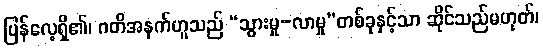
ပြန်လေ့ရှိ၏၊ ဂတိအနက်ဟူသည် “သွားမှု-လာမှု”တစ်ခုနှင့်သာ ဆိုင်သည်မဟုတ်၊